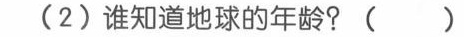
(2)谁知道地球的年龄?( )